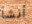
أنشأ